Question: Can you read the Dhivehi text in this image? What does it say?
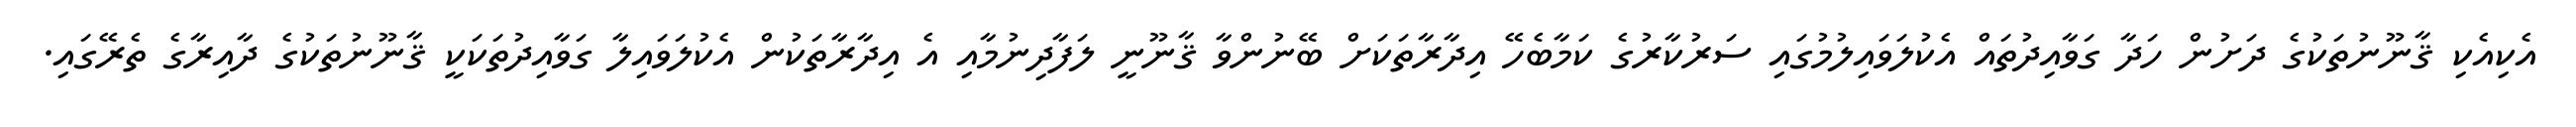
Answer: އެކިއެކި ޤާނޫނުތަކުގެ ދަށުން ހަދާ ގަވާއިދުތައް އެކުލަވައިލުމުގައި ސަރުކާރުގެ ކަމާބެހޭ އިދާރާތަކަށް ބޭނުންވާ ޤާނޫނީ ލަފާދިނުމާއި އެ އިދާރާތަކުން އެކުލަވައިލާ ގަވާއިދުތަކަކީ ޤާނޫނުތަކުގެ ދާއިރާގެ ތެރޭގައި.